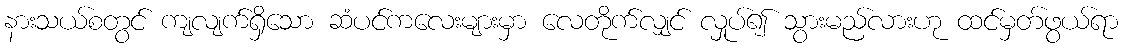
နားသယ်စတွင် ကျလျက်ရှိသော ဆံပင်ကလေးများမှာ လေတိုက်လျှင် လှုပ်၍ သွားမည်လားဟု ထင်မှတ်ဖွယ်ရာ